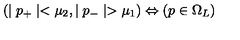
( \mid p _ { + } \mid < \mu _ { 2 } , \mid p _ { - } \mid > \mu _ { 1 } ) \Leftrightarrow ( p \in \Omega _ { L } )